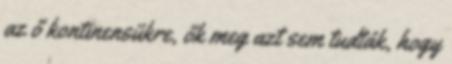
az ő kontinensükre, ők meg azt sem tudták, hogy